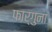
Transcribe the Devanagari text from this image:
फार्गुना